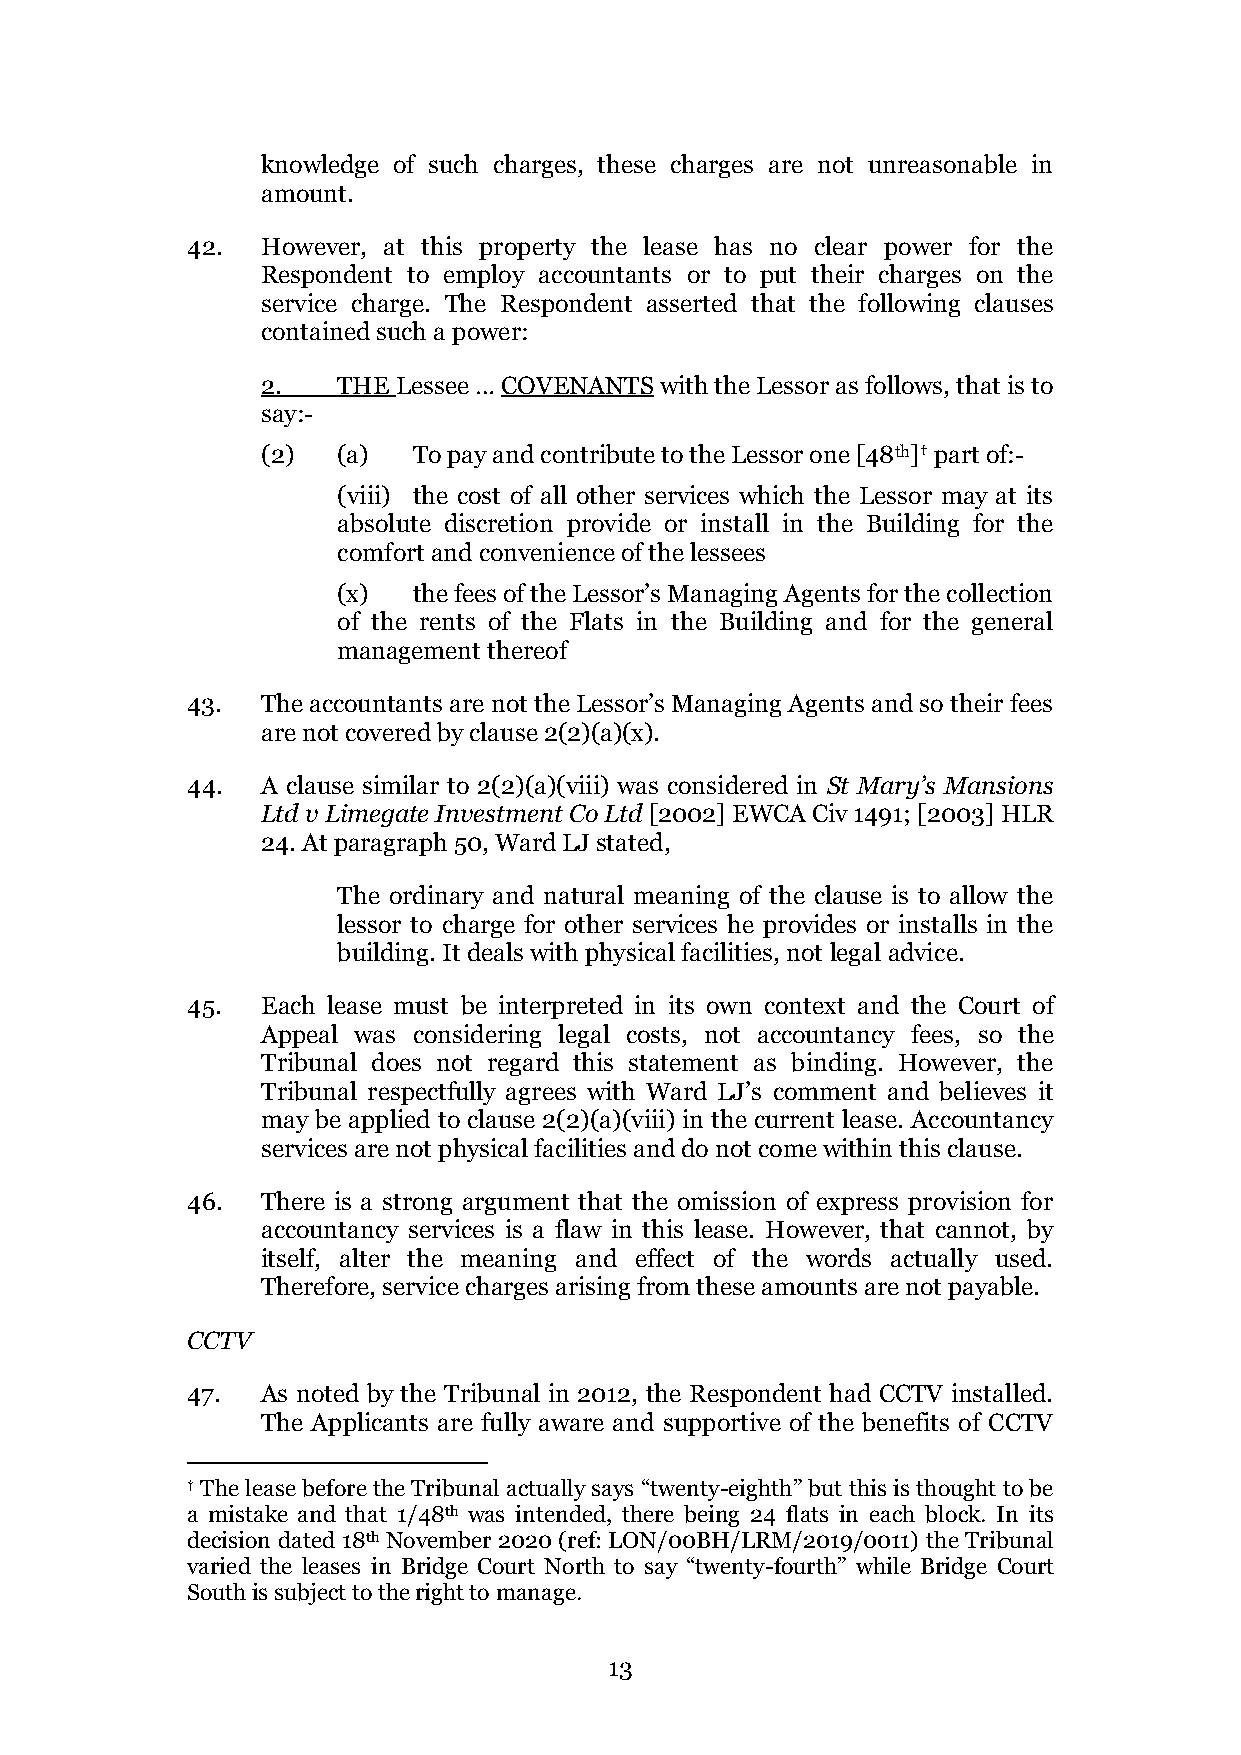
knowledge of such charges, these charges are not unreasonable in
 amount.
 42.  However, at this property the lease has no clear power for the
 Respondent to employ accountants or to put their charges on the
 service charge. The Respondent asserted that the following clauses
 contained such a power:
 2.   THE Lessee … COVENANTS with the Lessor as follows, that is to
 say:-
 (2)  (a)  To pay and contribute to the Lessor one [48th]† part of:-
 (viii) the cost of all other services which the Lessor may at its
 absolute discretion provide or install in the Building for the
 comfort and convenience of the lessees
 (x)  the fees of the Lessor’s Managing Agents for the collection
 of the rents of the Flats in the Building and for the general
 management thereof
 43.  The accountants are not the Lessor’s Managing Agents and so their fees
 are not covered by clause 2(2)(a)(x).
 44.  A clause similar to 2(2)(a)(viii) was considered in St Mary’s Mansions
 Ltd v Limegate Investment Co Ltd [2002] EWCA Civ 1491; [2003] HLR
 24. At paragraph 50, Ward LJ stated,
 The ordinary and natural meaning of the clause is to allow the
 lessor to charge for other services he provides or installs in the
 building. It deals with physical facilities, not legal advice.
 45.  Each lease must be interpreted in its own context and the Court of
 Appeal was considering legal costs, not accountancy fees, so the
 Tribunal does not regard this statement as binding. However, the
 Tribunal respectfully agrees with Ward LJ’s comment and believes it
 may be applied to clause 2(2)(a)(viii) in the current lease. Accountancy
 services are not physical facilities and do not come within this clause.
 46.  There is a strong argument that the omission of express provision for
 accountancy services is a flaw in this lease. However, that cannot, by
 itself, alter the meaning and effect of the words actually used.
 Therefore, service charges arising from these amounts are not payable.
 CCTV
 47.  As noted by the Tribunal in 2012, the Respondent had CCTV installed.
 The Applicants are fully aware and supportive of the benefits of CCTV
 † The lease before the Tribunal actually says “twenty-eighth” but this is thought to be
 a mistake and that 1/48th was intended, there being 24 flats in each block. In its
 decision dated 18th November 2020 (ref: LON/00BH/LRM/2019/0011) the Tribunal
 varied the leases in Bridge Court North to say “twenty-fourth” while Bridge Court
 South is subject to the right to manage.
 13